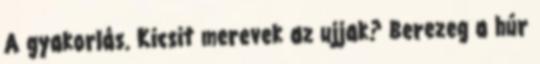
A gyakorlás. Kicsit merevek az ujjak? Berezeg a húr